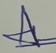
Signature authenticity: genuine